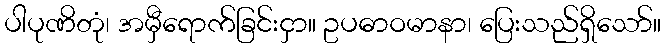
ပါပုဏိတုံ၊ အမှီရောက်ခြင်းငှာ။ ဥပဓာဝမာနာ၊ ပြေးသည်ရှိသော်။